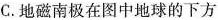
C.地磁南极在图中地球的下方